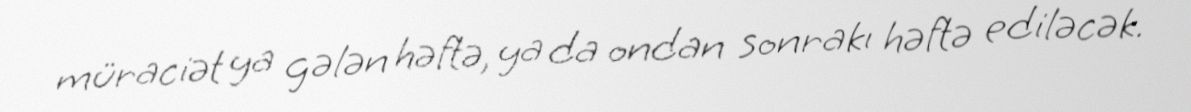
müraciət ya gələn həftə, ya da ondan sonrakı həftə ediləcək.